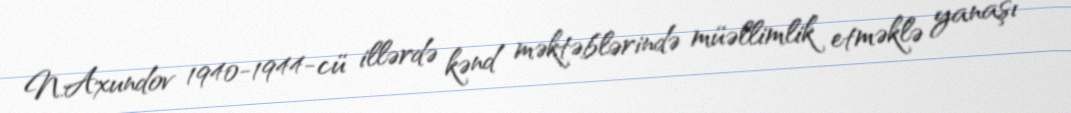
N.Axundov 1940-1944-cü illərdə kənd məktəblərində müəllimlik etməklə yanaşı